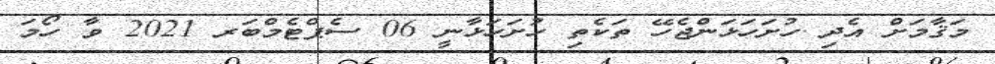
މަޤާމަށް އެދި ހުށަހަޅަންޖެހޭ ތަކެތި ހުށަހަޅާނީ 06 ސެޕްޓެމްބަރ 2021 ވާ ހޯމަ